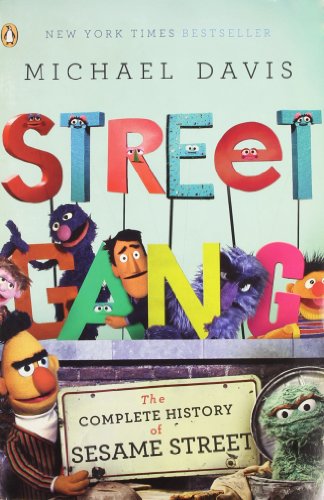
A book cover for Street Gang: The Complete History of Sesame Street; Michael Davis; Humor & Entertainment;